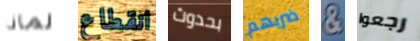
لماذا انقطاع بحدوث ضربهم & رجعوا